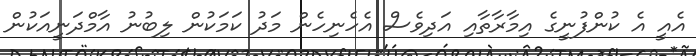
އެއީ އެ ކުންފުނީގެ އިމާރާތާއި އަދިވެސް އެހެނިހެން މަދު ކަމަކުން ލިބުނު އާމްދަނީއަކުން